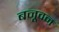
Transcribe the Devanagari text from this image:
बनूवन